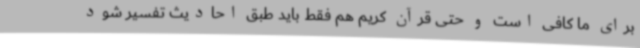
برای ما کافی است و حتی قرآن کریم هم فقط باید طبق احادیث تفسیر شود